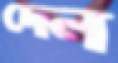
দেল